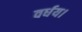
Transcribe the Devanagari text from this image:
वर्धय।